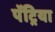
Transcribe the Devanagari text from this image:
पॅट्रिया